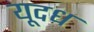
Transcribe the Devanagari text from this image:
यूदध